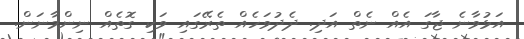
އަޅުވާނެ ޖާގަ އެއް ނެތް އަދި. ދެދުވަހެއް ތެރޭގައި ވަކި ގޮތެއް ނިންމާނަން.